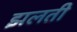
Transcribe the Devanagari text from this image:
झलती